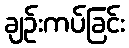
ချဉ်းကပ်ခြင်း